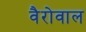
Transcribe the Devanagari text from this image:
वैरोवाल